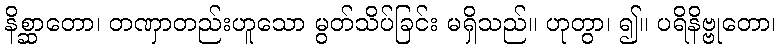
နိစ္ဆာတော၊ တဏှာတည်းဟူသော မွတ်သိပ်ခြင်း မရှိသည်။ ဟုတွာ၊ ၍။ ပရိနိဗ္ဗုတော၊